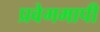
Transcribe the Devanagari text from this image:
प्रवेगमापी